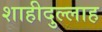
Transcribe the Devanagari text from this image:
शाहीदुल्लाह